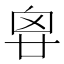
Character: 𠂺